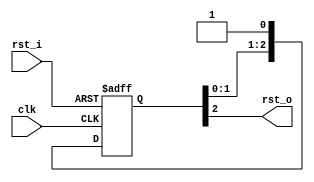
module rst_sync (
    input           clk,
    input           rst_i,
    output          rst_o
);

reg     [2:0]   rst_sync_q;

always @(posedge clk or negedge rst_i)
    if (~rst_i)
        rst_sync_q <= 3'h0;
    else
        rst_sync_q <= {rst_sync_q[1:0], 1'b1};

assign rst_o = rst_sync_q[2];

endmodule